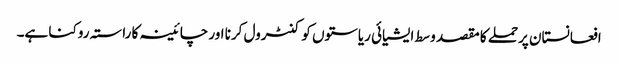
افعانستان پرحملے کا مقصد وسط ایشیائی ریاستوں کو کنٹرول کرنا اور چائینہ کا راستہ روکنا ہے۔